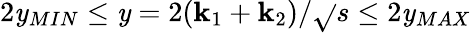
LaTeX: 2\mathit{y}_{MIN}\leq\mathit{y}=2(\mathbf{k}_{1}+\mathbf{k}_{2})/\sqrt{}{{s}}\leq2\mathit{y}_{MAX}